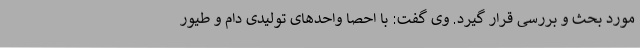
مورد بحث و بررسی قرار گیرد. وی گفت: با احصا واحدهای تولیدی دام و طیور